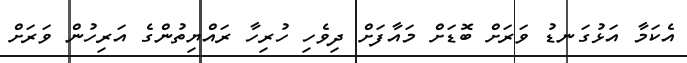
އެކަމާ އަޅުގަނޑު ވަރަށް ބޮޑަށް މައާފަށް ދިވެހި ހުރިހާ ރައްޔިތުންގެ އަރިހުން ވަރަށް